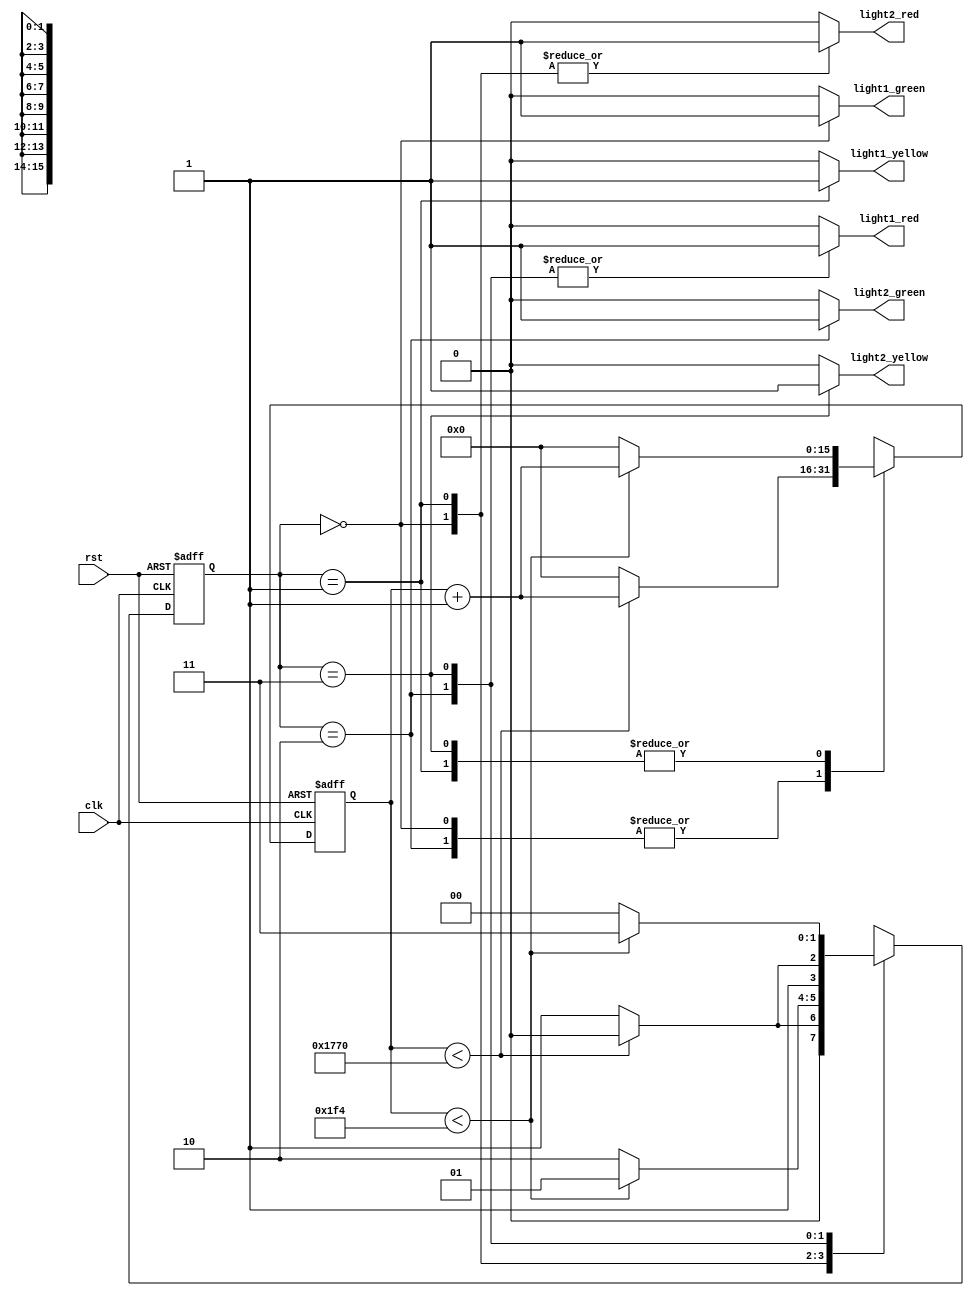
module trafficlight_controller (input wire clk,
                                input wire rst,
                                output reg light1_green,
                                output reg light1_red,
                                output reg light1_yellow,
                                output reg light2_green,
                                output reg light2_red,
                                output reg light2_yellow);
  reg [1:0] current_state;
  reg [1:0] next_state;
  reg [15:0] counter_value;
  localparam F100HZ_DELAY_60SEC_CC_CNT = 16'd6000;
  localparam F100HZ_DELAY_5SEC_CC_CNT = 16'd500;
  localparam  STATE_GR = 2'b00;
  localparam  STATE_YR = 2'b01;
  localparam  STATE_RG = 2'b10;
  localparam  STATE_RY = 2'b11;
  always @ ( posedge clk, posedge rst ) begin
    if( rst )
      begin
        current_state <= STATE_GR;
      end
    else
      begin
        current_state <= next_state;
      end
  end
  always @ (  posedge clk, posedge rst ) begin
  if( rst )
    begin
      counter_value <= 16'b0;
    end
  else
    begin
      case (current_state)
        STATE_GR, STATE_RG:
          if( counter_value < F100HZ_DELAY_60SEC_CC_CNT )
            counter_value <= counter_value + 1'b1;
          else
            counter_value <= 16'b0;
        STATE_YR, STATE_RY:
          if( counter_value < F100HZ_DELAY_5SEC_CC_CNT )
            counter_value <= counter_value + 1'b1;
          else
            counter_value <= 16'b0;
      endcase
    end
  end
  always @ ( * ) begin
    case (current_state)
      STATE_GR:
        if( counter_value < F100HZ_DELAY_60SEC_CC_CNT )
          next_state <= STATE_GR;
        else
          next_state <= STATE_YR;
      STATE_YR:
        if( counter_value < F100HZ_DELAY_5SEC_CC_CNT )
          next_state <= STATE_YR;
        else
          next_state <= STATE_RG;
      STATE_RG:
        if( counter_value < F100HZ_DELAY_60SEC_CC_CNT )
          next_state <= STATE_RG;
        else
          next_state <= STATE_RY;
      STATE_RY:
        if( counter_value < F100HZ_DELAY_5SEC_CC_CNT )
          next_state <= STATE_RY;
        else
          next_state <= STATE_GR;
      default:
        next_state <= STATE_GR;
    endcase
  end
  always @ ( * ) begin
    light1_green  <= 1'b0;
    light1_red    <= 1'b0;
    light1_yellow <= 1'b0;
    light2_green  <= 1'b0;
    light2_red    <= 1'b0;
    light2_yellow <= 1'b0;
    case (current_state)
      STATE_GR:
        begin
          light1_green <= 1'b1;
          light2_red   <= 1'b1;
        end
      STATE_YR:
        begin
          light1_yellow <= 1'b1;
          light2_red <= 1'b1;
        end
      STATE_RG:
        begin
          light1_red <= 1'b1;
          light2_green <=1'b1;
        end
      STATE_RY:
        begin
          light1_red <= 1'b1;
          light2_yellow <= 1'b1;
        end
      default:
        begin
          light1_green  <= 1'b1;
          light1_red    <= 1'b1;
          light1_yellow <= 1'b1;
          light2_green  <= 1'b1;
          light2_red    <= 1'b1;
          light2_yellow <= 1'b1;
        end
    endcase
  end
endmodule